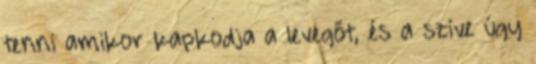
tenni amikor kapkodja a levegőt, és a szíve úgy